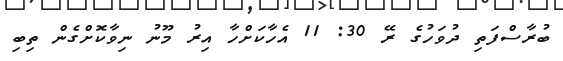
ބުރާސްފަތި ދުވަހުގެ ރޭ 30: 11 އެހާކަށްހާ އިރު މޫނު ނިވާކޮށްގެން ތިބި